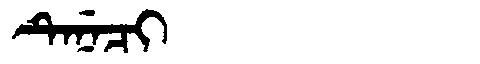
Manchu: ᡨᡝᠨᡝᠴᡳ
Romanization: TENECI